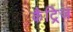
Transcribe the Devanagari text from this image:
कैट्रिज